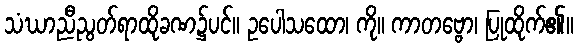
သံဃာညီညွတ်ရာထိုခဏ၌ပင်။ ဥပေါသထော၊ ကို။ ကာတဗ္ဗော၊ ပြုထိုက်၏။